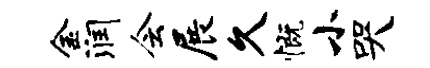
金润会展久慨小哭